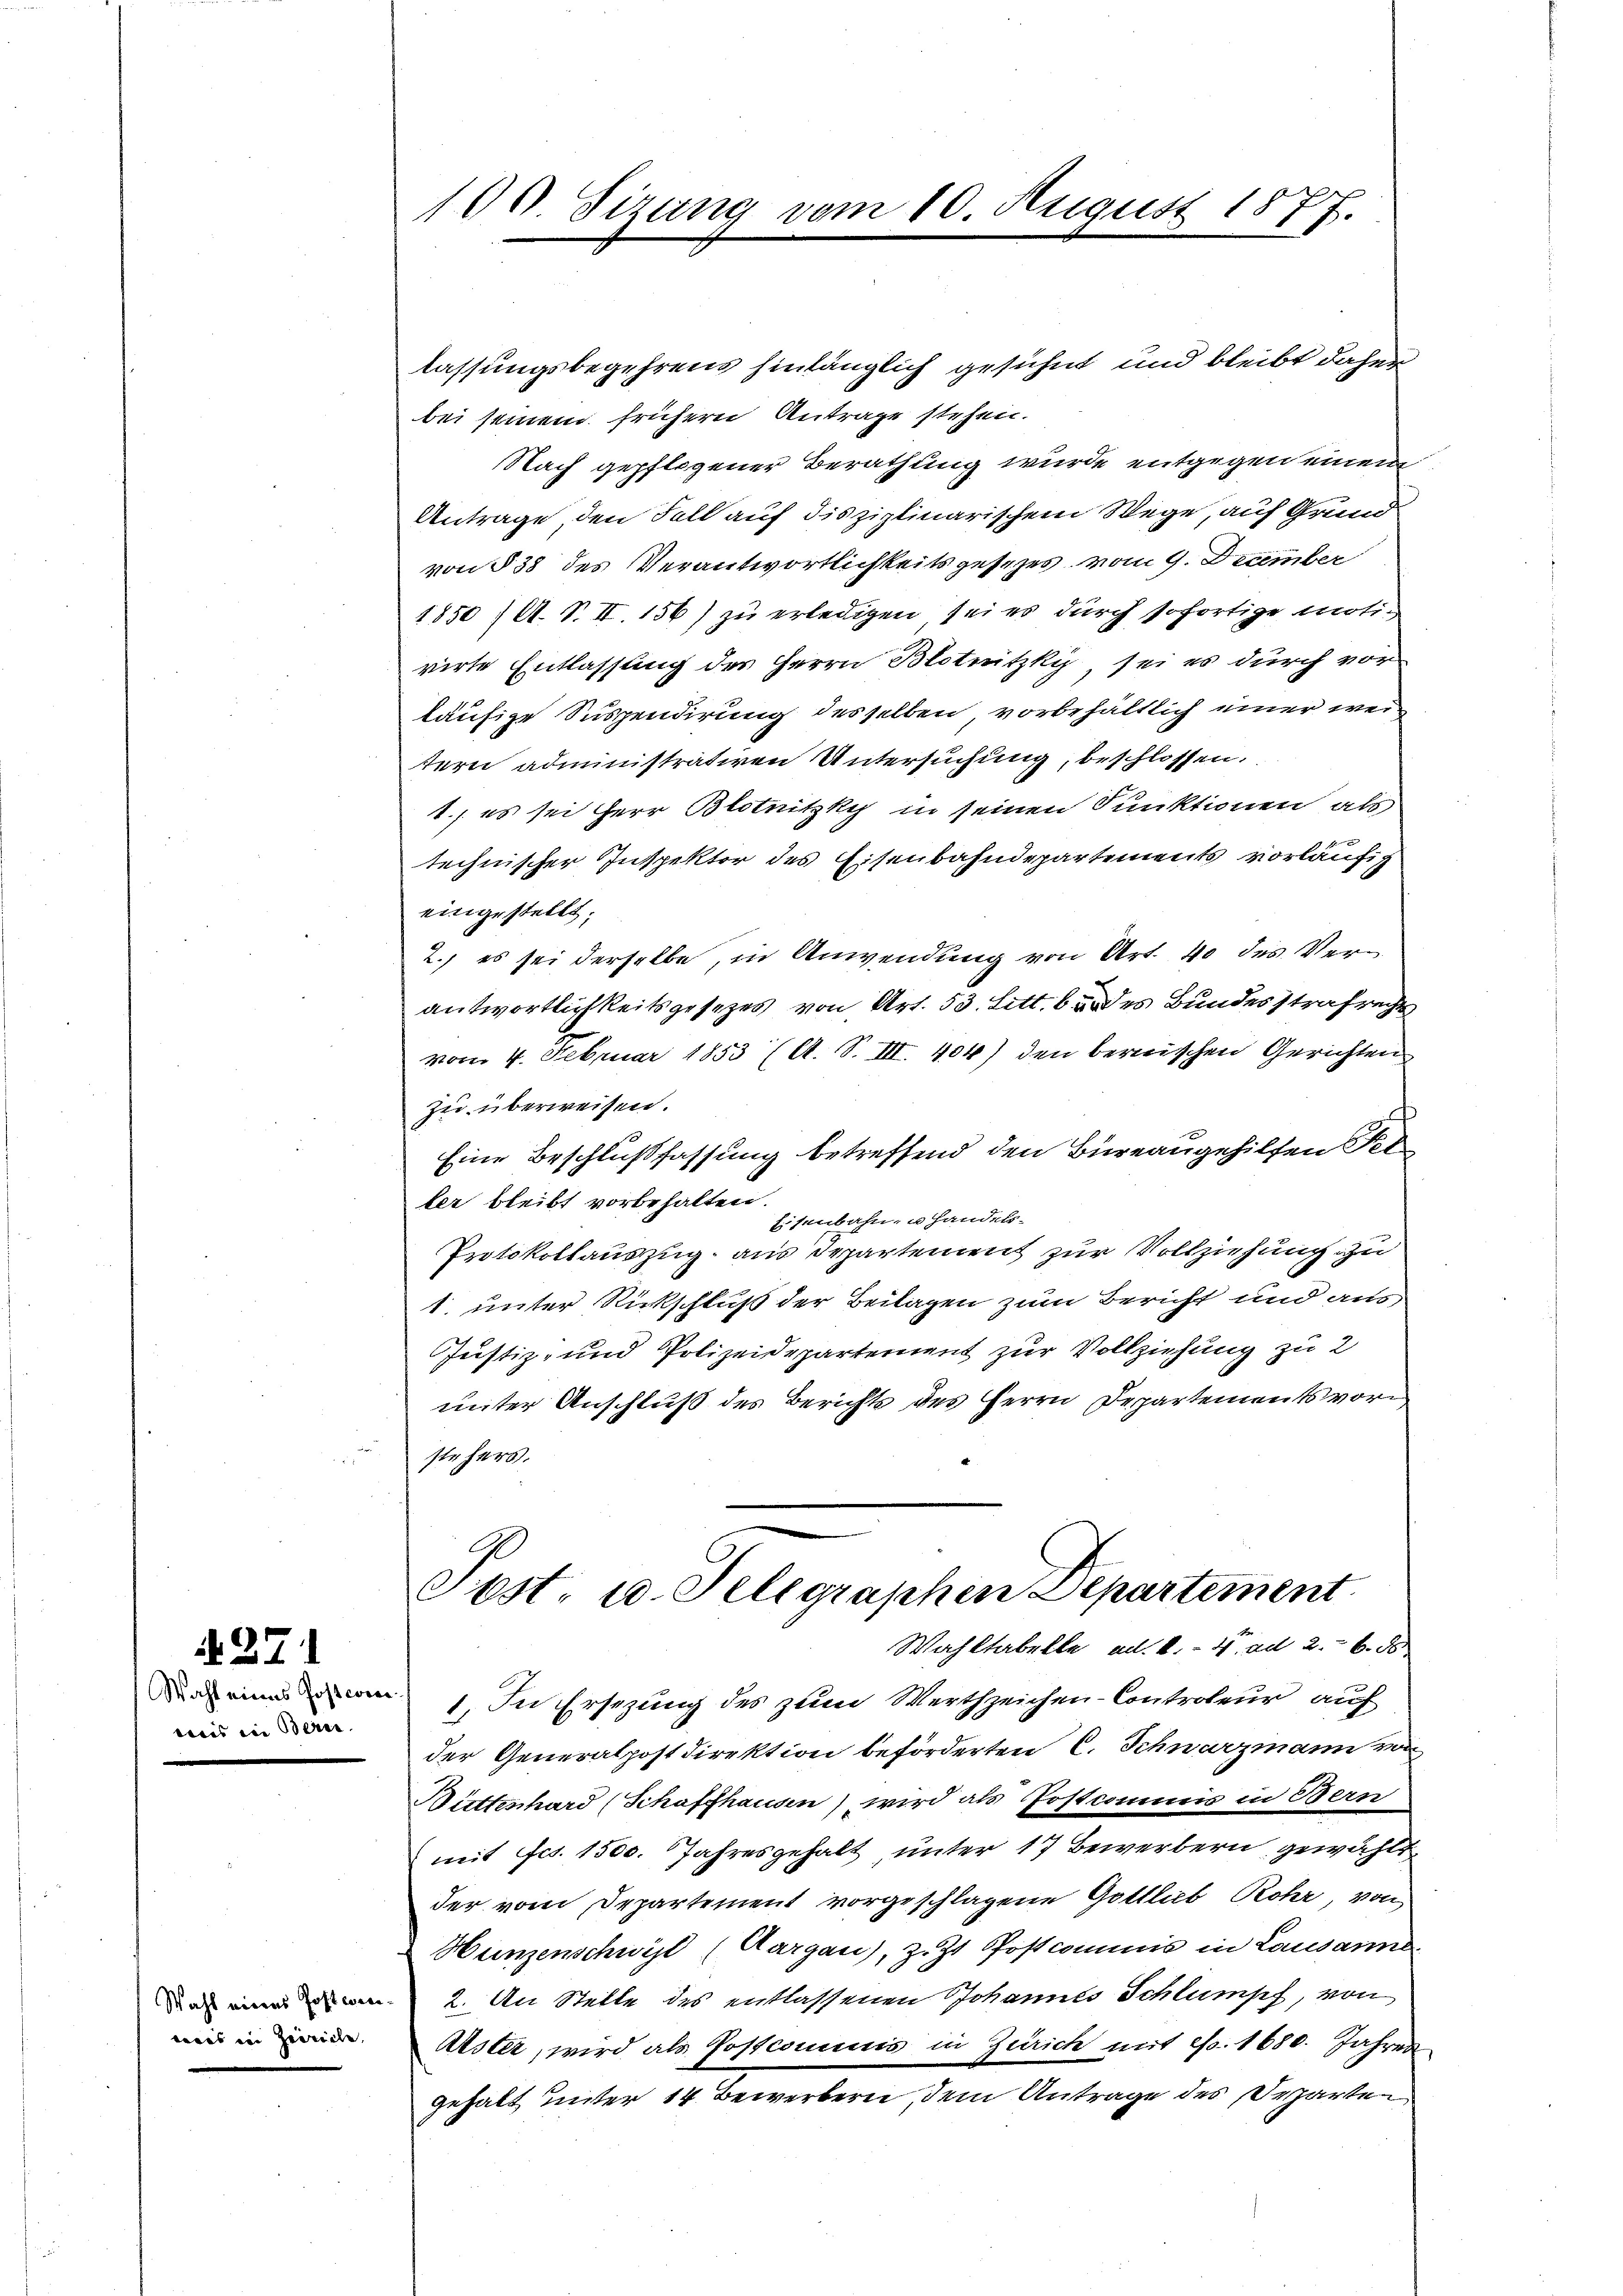
N. 27

Wahl eines Posterier
weis in Bern.

wais in Zeiricle,

100. Sizung vom 10. August 1877.

lassungsbegehrens hinlänglich gesühnt und bleibt daher
bei seinem frühern Antrage stehen.
NNach gepflogener Berathung wurde entgegen einem
Antrage, den Fall auf disziplinarischem Wege, auf Grund
von § 38 des Verantwortlichkeitsgesezes vom 9. Deumber
1850 / A. S. II. 156) zu erledigen sei es durch sofortige motivirte Entlassung des Herrn Blotnitzky, sei es durch vor
läufige Suspendirung desselben, vorbehältlich einer weitern administrativen Untersuchung, beschlossen.
1., es sei Herr Blotnitzky in seinen Punktionen als
technischer Inspektor des Eisenbahndepartements vorläufig
eingestellt;
2.) es sei derselbe, in Anwendung von Art. 40 des Verantwortlichkeitsgesetzes von Art. 53. Litt. 6 des Bundesstrafrecht
vom 4. Februar 1853 (A. S. III. 404) den bernischen Gerichten
zu überweisen.
Eine Beschlußfassung betreffend den Büreaugehilfen Fel
ber bleibt vorbehalten.
Eisenbahn u Handels¬
Protokollauszug aus Departement zur Vollziehung zu
1. unter Rückschluß der Beilagen zum Bericht und aus
Justiz- und Polizeidepartement zur Vollziehung zu 2
unter Anschluß des Berichts des Herrn Departements vor
stehers.
Post u. Telegraphen Departement
Wahltabelle ad. k. ad 2. 6. d
1. In Ersezung des zum Werthzeichen-Controleur auf
der Generalpostdirektion beförderten C. Schwarzmann von
Wüttenhard (Schaffhausen) wird als Postcommis in Bern
mit Frs. 1500. Jahresgehalt unter 17 Bewerbern gewählt
der vom Departement vorgeschlagene Gottlieb Rohr von
Hunzenschwyl (Aargau), z. Zt. Postcommis in Lausanns
 2. An Stelle des entlassenen Johannes Schlumpf, von
Alster, wird als Postcommis in Zürich mit Fr. 1680. Jahren
gehalt unter 14 Bewerbern, dem Antrage des Departen